Scottish Leaving Certificate Examination, 1953
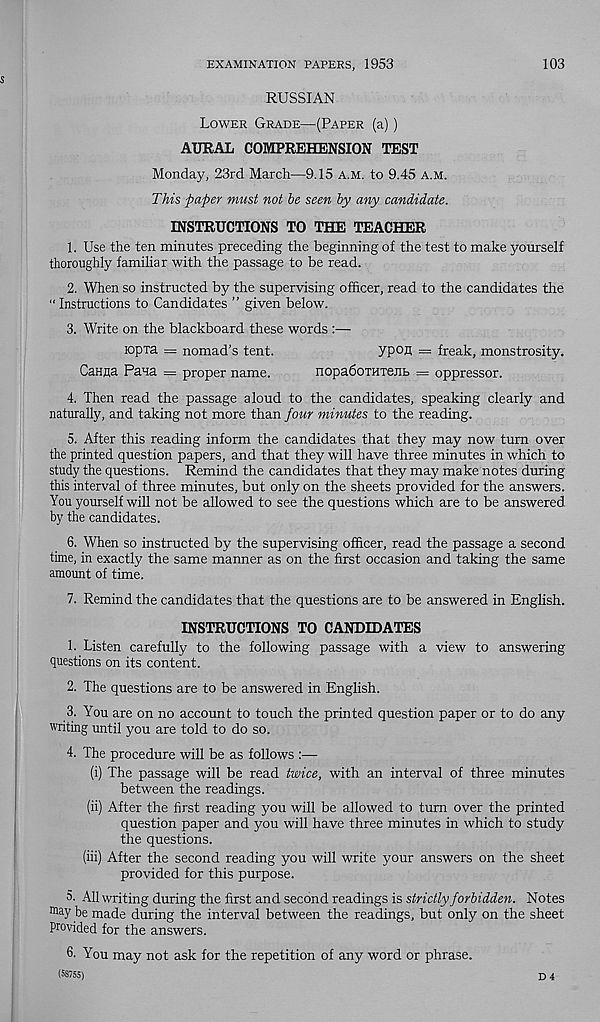
EXAMINATION PAPERS, 1953
103
RUSSIAN
Lower Grade—(Paper (a))
AURAL COMPREHENSION TEST
Monday, 23rd March—9.15 a.m. to 9.45 a.m.
This paper must not be seen by any candidate.
INSTRUCTIONS TO THE TEACHER
1. Use the ten minutes preceding the beginning of the test to make yourself
thoroughly familiar with the passage to be read.
2. When so instructed by the supervising officer, read to the candidates the
“ Instructions to Candidates ” given below.
3. Write on the blackboard these words :—
Kopra = nomad’s tent.
CaHna Paua = proper name.
ypofl = freak, monstrosity.
nopadoTHTeiib = oppressor.
4. Then read the passage aloud to the candidates, speaking clearly and
naturally, and taking not more than four minutes to the reading.
5. After this reading inform the candidates that they may now turn over
the printed question papers, and that they will have three minutes in which to
study the questions. Remind the candidates that they may make notes during
this interval of three minutes, but only on the sheets provided for the answers.
You yourself will not be allowed to see the questions which are to be answered
by the candidates.
6. When so instructed by the supervising officer, read the passage a second
time, in exactly the same manner as on the first occasion and taking the same
amount of time.
7. Remind the candidates that the questions are to be answered in English.
INSTRUCTIONS TO CANDIDATES
1. Listen carefully to the following passage with a view to answering
questions on its content.
2. The questions are to be answered in English.
3. You are on no account to touch the printed question paper or to do any
writing until you are told to do so.
4. The procedure will be as follows :—
(i) The passage will be read twice, with an interval of three minutes
between the readings.
(ii) After the first reading you will be allowed to turn over the printed
question paper and you will have three minutes in which to study
the questions.
(iii) After the second reading you will write your answers on the sheet
provided for this purpose.
5. All writing during the first and second readings is strictly forbidden. Notes
ma y .be made during the interval between the readings, but only on the sheet
Provided for the answers.
6- You may not ask for the repetition of any word or phrase.
(58755)
D 4